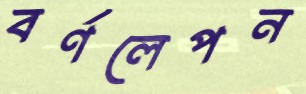
বর্ণলেপন